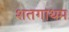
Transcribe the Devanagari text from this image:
शतगाथम